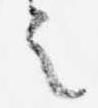
之